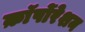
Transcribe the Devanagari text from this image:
क़ाॅर्पोरेशन